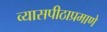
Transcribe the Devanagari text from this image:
व्यासपीठाप्रमाणे